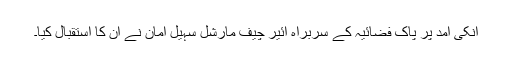
انکی آمد پر پاک فضائیہ کے سربراہ ائیر چیف مارشل سہیل امان نے ان کا استقبال کیا۔